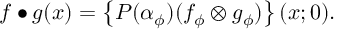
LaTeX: f \bullet g ( x ) = \left\{ P ( \alpha _ { \phi } ) ( f _ { \phi } \otimes g _ { \phi } ) \right\} ( x ; 0 ) .